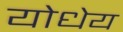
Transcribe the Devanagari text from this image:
योधेय